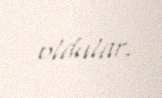
oldular.